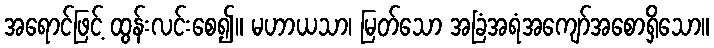
အရောင်ဖြင့် ထွန်းလင်းစေ၍။ မဟာယသာ၊ မြတ်သော အခြံအရံအကျော်အစောရှိသော။